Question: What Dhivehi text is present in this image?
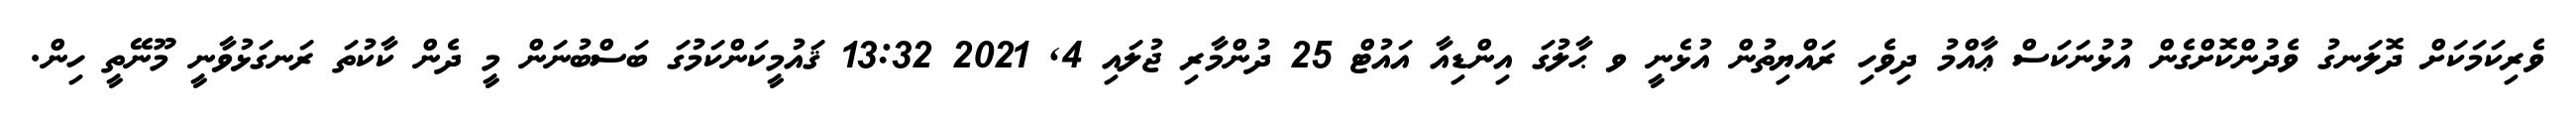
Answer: ވެރިކަމަކަށް ދޮލަނގު ވެދުންކޮށްގެން އުޅުނަކަސް ޢާއްމު ދިވެހި ރައްޔިތުން އުޅެނީ ވ ޙާލުގަ އިންޑިއާ އައުޓް 25 ދުންމާރި ޖުލައި 4, 2021 13:32 ޤައުމީކަންކަމުގަ ބަސްބުނަން މީ ދެން ކާކުތަ ރަނގަޅުވާނީ މޫނޭތީ ހިން.